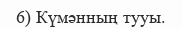
6) Күмәнның тууы.